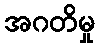
အဂတိမှု